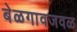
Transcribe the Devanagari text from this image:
बेळगावजवळ